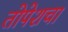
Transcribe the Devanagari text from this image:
तोपेशचा